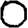
Digit: 0